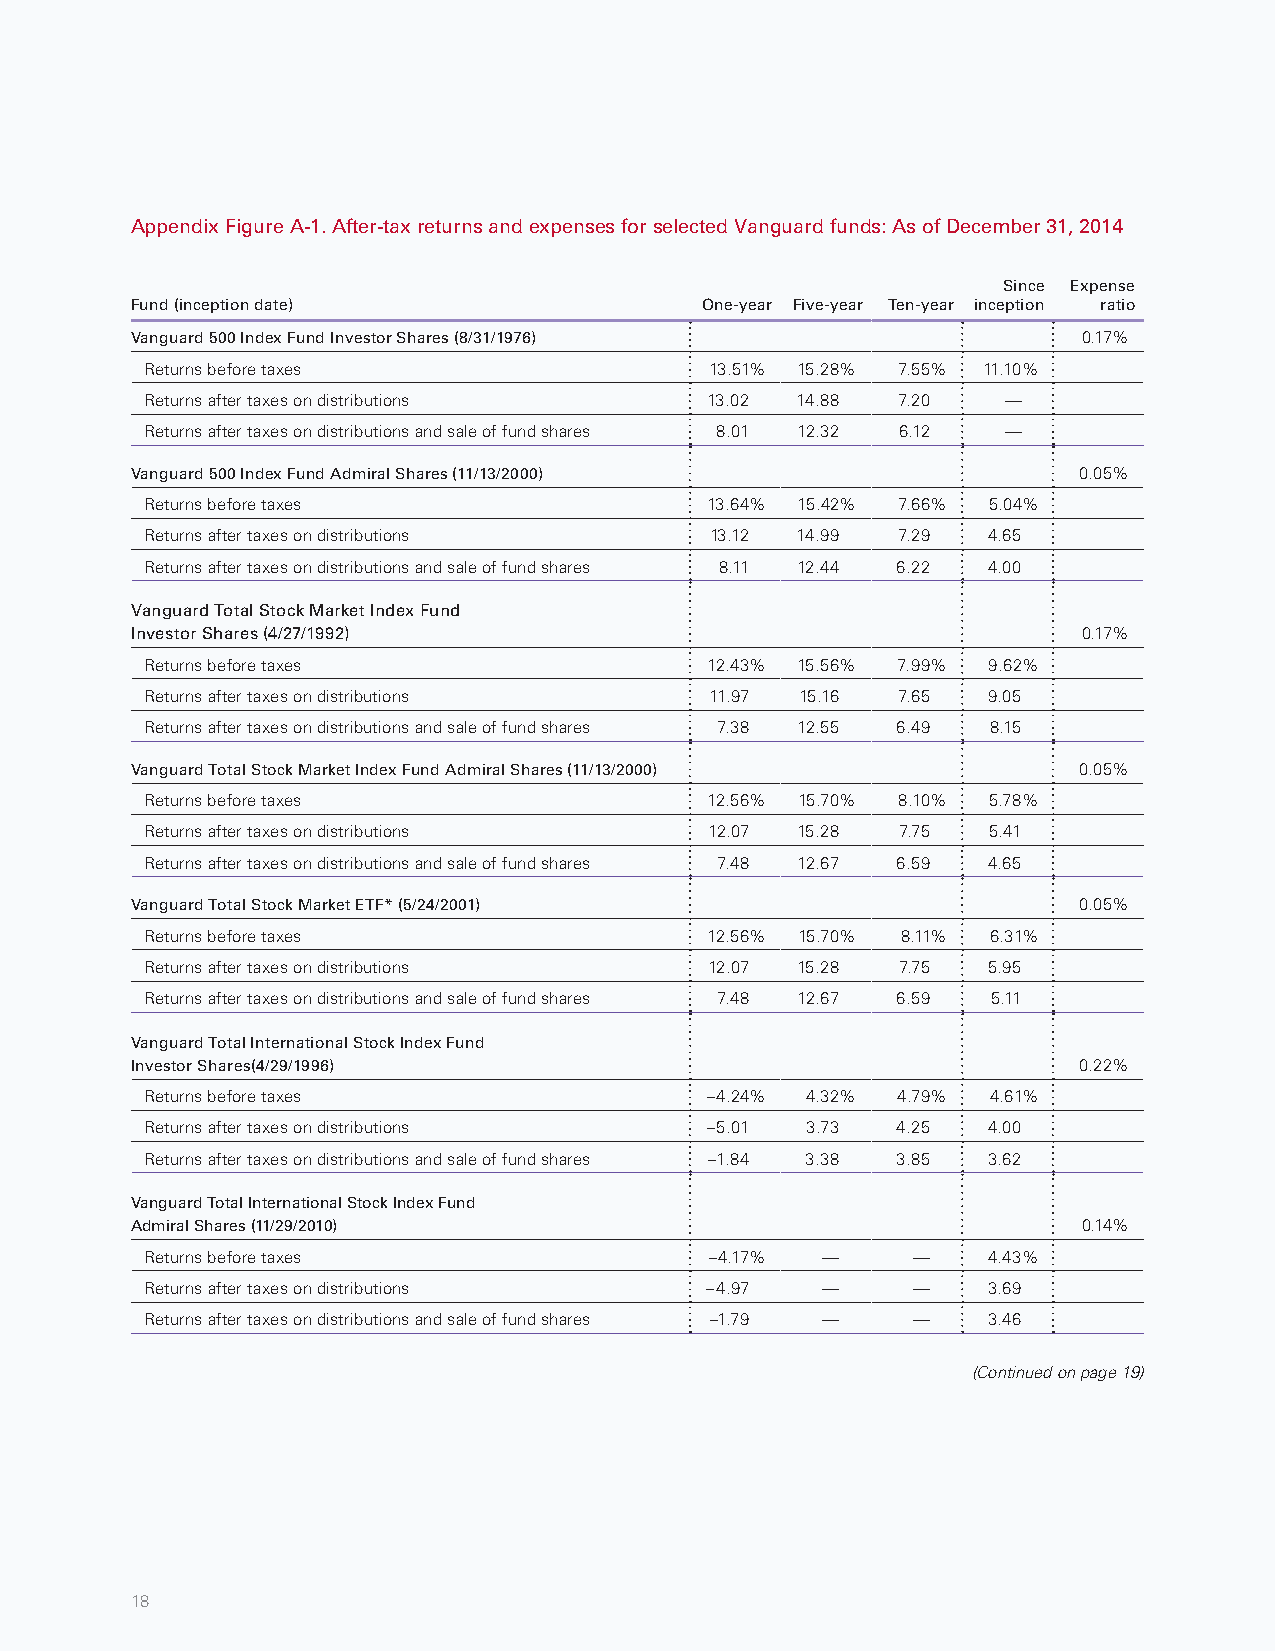
Appendix Figure A-1. After-tax returns and expenses for selected Vanguard funds: As of December 31, 2014
 Since Expense
 Fund (inception date)                One-year Five-year Ten-year inception ratio
 Vanguard 500 Index Fund Investor Shares (8/31/1976)            0.17%
 Returns before taxes                 13.51% 15.28% 7.55% 11.10%
 Returns after taxes on distributions 13.02 14.88 7.20    —
 Returns after taxes on distributions and sale of fund shares 8.01 12.32 6.12 —
 Vanguard 500 Index Fund Admiral Shares (11/13/2000)           0.05%
 Returns before taxes                 13.64% 15.42% 7.66% 5.04%
 Returns after taxes on distributions 13.12 14.99 7.29  4.65
 Returns after taxes on distributions and sale of fund shares 8.11 12.44 6.22 4.00
 Vanguard Total Stock Market Index Fund
 Investor Shares (4/27/1992)                                    0.17%
 Returns before taxes                 12.43% 15.56% 7.99% 9.62%
 Returns after taxes on distributions 11.97 15.16 7.65  9.05
 Returns after taxes on distributions and sale of fund shares 7.38 12.55 6.49 8.15
 Vanguard Total Stock Market Index Fund Admiral Shares (11/13/2000) 0.05%
 Returns before taxes                 12.56% 15.70% 8.10% 5.78%
 Returns after taxes on distributions 12.07 15.28  7.75 5.41
 Returns after taxes on distributions and sale of fund shares 7.48 12.67 6.59 4.65
 Vanguard Total Stock Market ETF* (5/24/2001)                  0.05%
 Returns before taxes                 12.56% 15.70% 8.11% 6.31%
 Returns after taxes on distributions 12.07 15.28  7.75 5.95
 Returns after taxes on distributions and sale of fund shares 7.48 12.67 6.59 5.11
 Vanguard Total International Stock Index Fund
 Investor Shares(4/29/1996)                                    0.22%
 Returns before taxes                 –4.24% 4.32% 4.79% 4.61%
 Returns after taxes on distributions –5.01 3.73  4.25  4.00
 Returns after taxes on distributions and sale of fund shares –1.84 3.38 3.85 3.62
 Vanguard Total International Stock Index Fund
 Admiral Shares (11/29/2010)                                    0.14%
 Returns before taxes                 –4.17% —     —    4.43%
 Returns after taxes on distributions –4.97  —     —    3.69
 Returns after taxes on distributions and sale of fund shares –1.79 — — 3.46
 (Continued on page 19)
 18